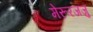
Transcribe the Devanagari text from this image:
मेरूरजजु